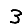
Digit: 3